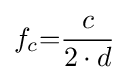
f_{c}{=}{\frac {c}{2\cdot d}}